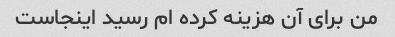
من برای آن هزینه کرده ام رسید اینجاست